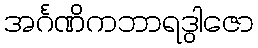
အင်္ဂဏိကဘာရဒွါဇော